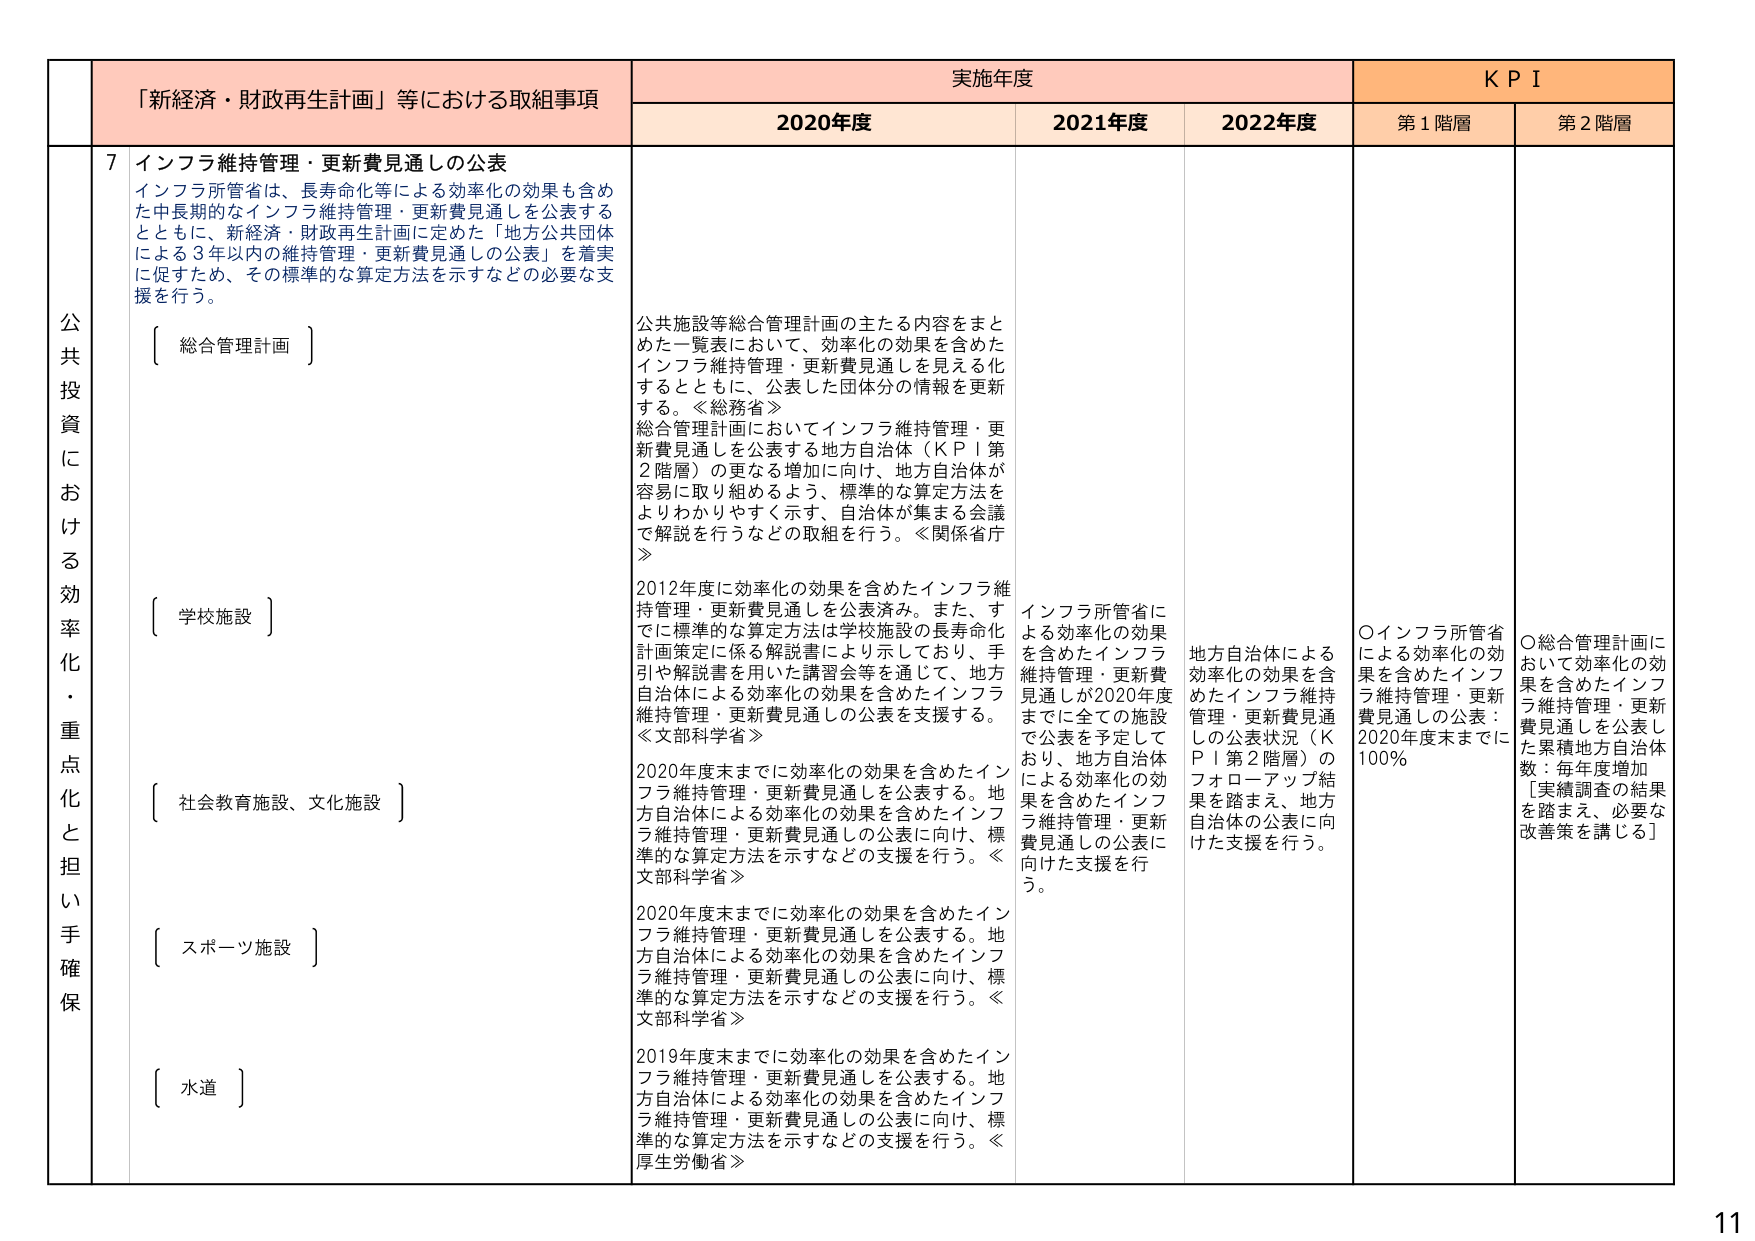
公共投資における効率化・重点化と担い手確保

「新経済・財政再生計画」等における取組事項

7 インフラ維持管理・更新費見通しの公表
インフラ所管省は、長寿命化等による効率化の効果も含めた中長期的なインフラ維持管理・更新費見通しを公表するとともに、新経済・財政再生計画に定めた「地方公共団体による3年以内の維持管理・更新費見通しの公表」を着実に促すため、その標準的な算定方法を示すなどの必要な支援を行う。

〔 総合管理計画 〕
公共施設等総合管理計画の主たる内容をまとめた一覧表において、効率化の効果を含めたインフラ維持管理・更新費見通しを見える化するとともに、公表した団体分の情報を更新する。≪総務省≫
総合管理計画においてインフラ維持管理・更新費見通しを公表する地方自治体（KPI第2階層）の更なる増加に向け、地方自治体が容易に取り組めるよう、標準的な算定方法をよりわかりやすく示す、自治体が集まる会議で解説を行うなどの取組を行う。≪関係省庁≫

〔 学校施設 〕
2012年度に効率化の効果を含めたインフラ維持管理・更新費見通しを公表済み。また、すでに標準的な算定方法は学校施設の長寿命化計画策定に係る解説書により示しており、手引や解説書を用いた講習会等を通じて、地方自治体による効率化の効果を含めたインフラ維持管理・更新費見通しの公表を支援する。≪文部科学省≫

〔 社会教育施設、文化施設 〕
2020年度末までに効率化の効果を含めたインフラ維持管理・更新費見通しを公表する。地方自治体による効率化の効果を含めたインフラ維持管理・更新費見通しの公表に向け、標準的な算定方法を示すなどの支援を行う。≪文部科学省≫

〔 スポーツ施設 〕
2020年度末までに効率化の効果を含めたインフラ維持管理・更新費見通しを公表する。地方自治体による効率化の効果を含めたインフラ維持管理・更新費見通しの公表に向け、標準的な算定方法を示すなどの支援を行う。≪文部科学省≫

〔 水道 〕
2019年度末までに効率化の効果を含めたインフラ維持管理・更新費見通しを公表する。地方自治体による効率化の効果を含めたインフラ維持管理・更新費見通しの公表に向け、標準的な算定方法を示すなどの支援を行う。≪厚生労働省≫

実施年度
2020年度
2021年度
2022年度

KPI
第1階層
第2階層

インフラ所管省による効率化の効果を含めたインフラ維持管理・更新費見通しが2020年度までに全ての施設で公表を予定しており、地方自治体による効率化の効果を含めたインフラ維持管理・更新費見通しの公表に向けた支援を行う。

地方自治体による効率化の効果を含めたインフラ維持管理・更新費見通しの公表状況（KPI第2階層）のフォローアップ結果を踏まえ、地方自治体の公表に向けた支援を行う。

〇インフラ所管省による効率化の効果を含めたインフラ維持管理・更新費見通しの公表：2020年度末までに100％

〇総合管理計画において効率化の効果を含めたインフラ維持管理・更新費見通しを公表し、累積地方自治体数：毎年度増加
〔実績調査の結果を踏まえ、必要な改善策を講じる〕

11